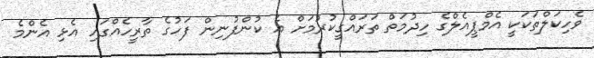
ވެހިކަލްތަކަކީ އެމްޕީއެލްގެ ހިދުމަތް ތަރައްގީކުރުމަށް އެ ކުންފުނިން ފަހުގެ ތާރީހެއްގައި އެޅި އެންމެ